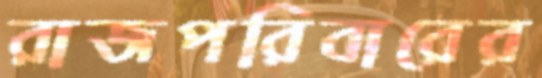
রাজপরিবারের